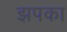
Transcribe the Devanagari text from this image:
झपका